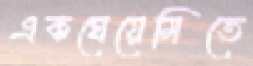
একঘেয়েমিতে